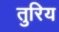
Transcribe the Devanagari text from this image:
तुरिय